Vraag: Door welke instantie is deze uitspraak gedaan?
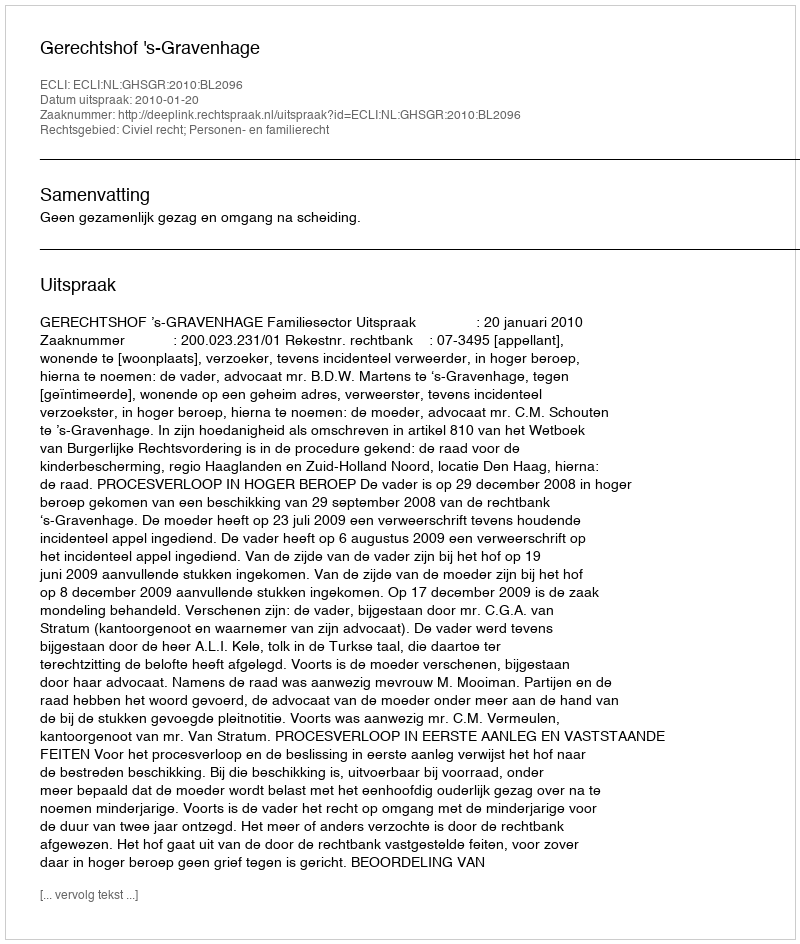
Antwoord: Gerechtshof 's-Gravenhage